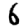
Digit: 6